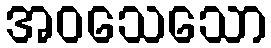
အဝသေသော